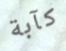
كآبة